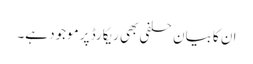
ان کا بیان حلفی بھی ریکارڈ پر موجود ہے۔